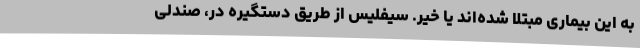
به این بیماری مبتلا شده‌اند یا خیر. سیفلیس از طریق دستگیره در، صندلی